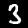
Label: 3